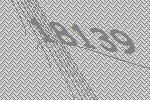
18139